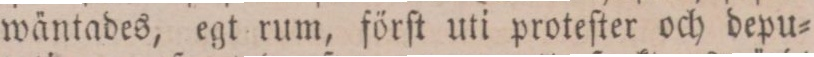
wäntades, egt rum, förſt uti proteſter och depu=